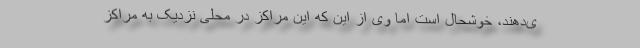
ی‌دهند، خوشحال است اما وی از این که این مراکز در محلی نزدیک به مراکز